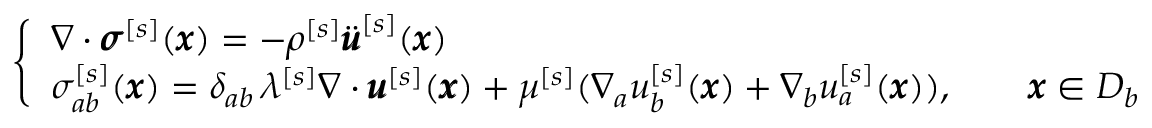
\left\{ \begin{array} { l l } { \nabla \cdot { \pmb \sigma } ^ { [ s ] } ( { \pmb x } ) = - \rho ^ { [ s ] } \ddot { \pmb u } ^ { [ s ] } ( { \pmb x } ) } \\ { { \sigma } _ { a b } ^ { [ s ] } ( { \pmb x } ) = \delta _ { a b } \, \lambda ^ { [ s ] } \nabla \cdot { \pmb u } ^ { [ s ] } ( { \pmb x } ) + \mu ^ { [ s ] } ( \nabla _ { a } u _ { b } ^ { [ s ] } ( { \pmb x } ) + \nabla _ { b } u _ { a } ^ { [ s ] } ( { \pmb x } ) ) , \qquad { \pmb x } \in D _ { b } } \end{array} \right.